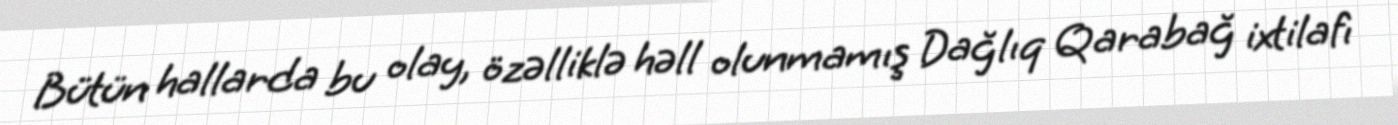
Bütün hallarda bu olay, özəlliklə həll olunmamış Dağlıq Qarabağ ixtilafı